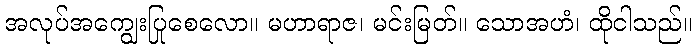
အလုပ်အကျွေးပြုစေလော။ မဟာရာဇ၊ မင်းမြတ်။ သောအဟံ၊ ထိုငါသည်။